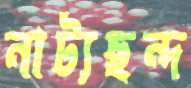
নাট্যছন্দ